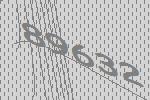
89632